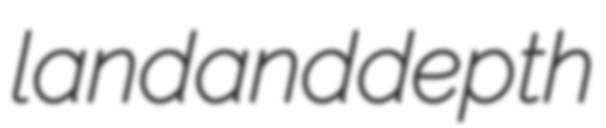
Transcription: land and depth